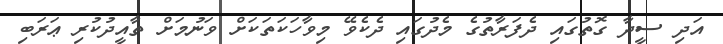
އަދި ސީދާ ގޮތުގައި ދެފަރާތުގެ މެދުގައި ދެކެވޭ މިވާހަކަތަކަށް ވަނުމަށް ތާއީދުކުރި ޢަރަބި